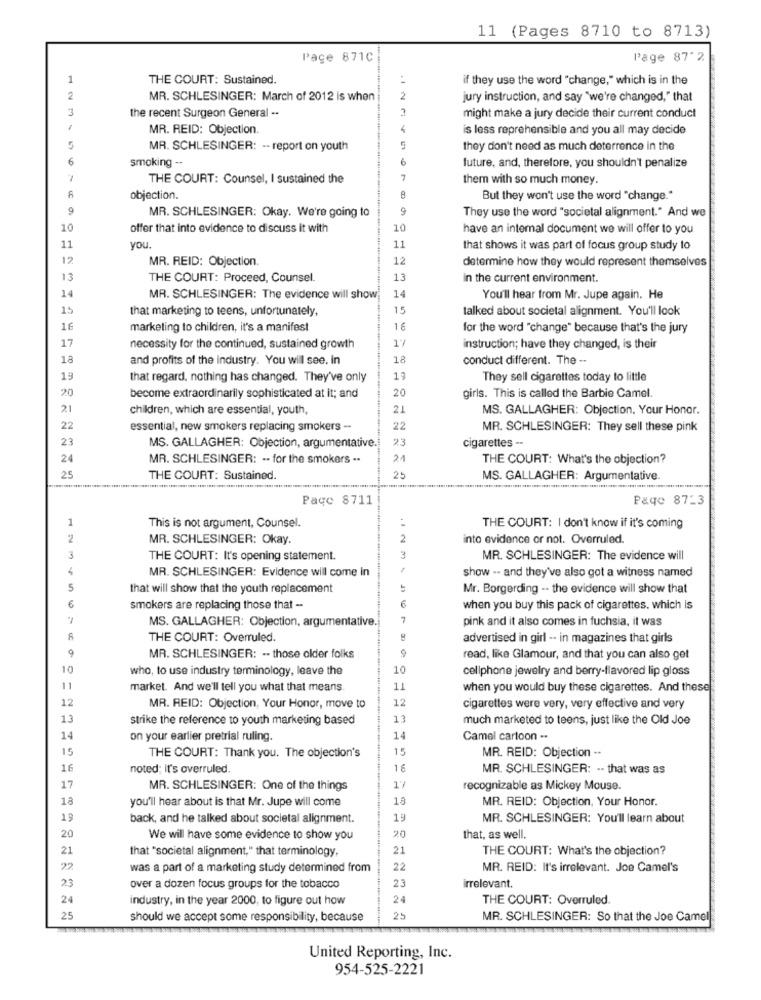
11 (Pages 8710 to 8713)
Pace 871C
Page 87"2
1
THE COURT: Sustained.
if they use the word "change," which is in the
2
MR. SCHLESINGER: March of 2012 is when
2
jury instruction, and say "we're changed," that
the recent Surgeon General -.
might make a jury decide their current conduct
MR. REID: Objection.
4
is less reprehensible and you all may decide
5
MR. SCHLESINGER: -- report on youth
5
they don't need as much deterrence in the
6
smoking -.
6
future, and, therefore, you shouldn't penalize
THE COURT: Counsel, I sustained the
7
them with so much money.
objection.
But they won't use the word "change."
9
MR. SCHLESINGER: Okay. We're going to
9
They use the word "societal alignment." And we
10
offer that into evidence to discuss it with
10
have an internal document we will offer to you
11
you.
11
that shows it was part of focus group study to
12
MR. REID: Objection.
12
determine how they would represent themselves
13
THE COURT: Proceed, Counsel.
13
In the current environment.
14
MR. SCHLESINGER: The evidence will show
14
You'll hear from Mr. Jupe again. He
15
that marketing to teens, unfortunately,
15
talked about societal alignment. You'll look
16
marketing to children, it's a manifest
16
for the word "change" because that's the jury
17
17
necessity for the continued, sustained growth
instruction; have they changed, is their
18
and profits of the industry. You will see. in
18
conduct different. The --
19
that regard, nothing has changed. They've only
19
They sell cigarettes today to little
20
become extraordinarily sophisticated at it; and
20
girls. This is called the Barbie Camel.
21
children, which are essential, youth,
21
MS. GALLAGHER: Objection. Your Honor.
22
essential, new smokers replacing smokers --
22
MR. SCHLESINGER: They sell these pink
23
23
cigarettes -
MS. GALLAGHER: Objection, argumentative.
24
MR. SCHLESINGER: -- for the smokers ..
21
THE COURT: What's the objection?
25
THE COURT: Sustained.
25
MS. GALLAGHER: Argumentative.
Page 8711
Page 87-3
1
This is not argument, Counsel.
THE COURT: I don't know if it's coming
2
MR. SCHLESINGER: Okay.
2
into evidence or not. Overruled.
THE COURT: It's opening statement.
MR. SCHLESINGER: The evidence will
MR. SCHLESINGER: Evidence will come In
show -- and they've also got a witness named
5
that will show that the youth replacement
Mr. Borgerding -- the evidence will show that
€
6
smokers are replacing those that -
when you buy this pack of cigarettes. which is
MS. GALLAGHER: Objection, argumentative.
7
pink and it also comes in fuchsia, it was
THE COURT: Overruled.
advertised in girl -. in magazines that girls
9
MR. SCHLESINGER: .. those older folks
read, like Glamour, and that you can also get
10
who, to use industry terminology, leave the
10
cellphone jewelry and berry-flavored lip gloss
11
market. And we'll tell you what that means.
11
when you would buy these cigarettes. And these
12
12
MR. REID: Objection, Your Honor, move to
cigarettes were very, very effective and very
13
strike the reference to youth marketing based
13
much marketed to teens, just like the Old Joe
14
on your earlier pretrial ruling.
14
Camel cartoon ..
15
15
MR. REID: Objection --
THE COURT: Thank you. The objection's
16
noted; It's overruled.
16
MR. SCHLESINGER: -- that was as
17
MR. SCHLESINGER: One of the things
17
recognizable as Mickey Mouse.
18
you'll hear about is that Mr. Jupe will come
18
MR. REID: Objection, Your Honor.
19
back, and he talked about societal alignment.
19
MR. SCHLESINGER: You'll learn about
20
We will have some evidence to show you
20
that, as well
21
that "societal alignment," that terminology,
21
THE COURT: What's the objection?
22
was a part of a marketing study determined from
22
MR. REID: It's irrelevant. Joe Camel's
23
23
over a dozen focus groups for the tobacco
irrelevant.
24
industry, in the year 2000, to figure out how
24
THE COURT: Overruled.
25
should we accept some responsibility, because
25
MR. SCHLESINGER: So that the Joe Camel
United Reporting, Inc.
954-525-2221